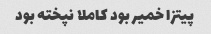
پیتزا خمیر بود کاملا نپخته بود